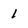
Character: 1